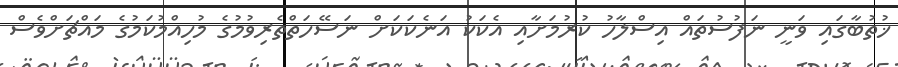
ޚުތުބާގައި ވަނީ ނަފުސުތައް އިސްލާހު ކުރުމަށާއި އެކަކު އަނެކަކަށް ނަސޭހަތްތެރިވުމުގެ މުހިއްމުކަމުގެ މައްޗަށްވެސް